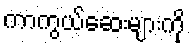
ကာကွယ်ဆေးများကို